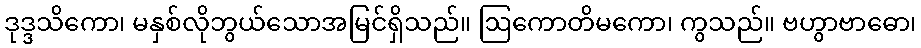
ဒုဒ္ဒသိကော၊ မနှစ်လိုဘွယ်သောအမြင်ရှိသည်။ ဩကောတိမကော၊ ကွသည်။ ဗဟွာဗာဓော၊